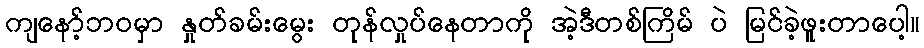
ကျနော့်ဘဝမှာ နှုတ်ခမ်းမွေး တုန်လှုပ်နေတာကို အဲ့ဒီတစ်ကြိမ် ပဲ မြင်ခဲ့ဖူးတာပေါ့။